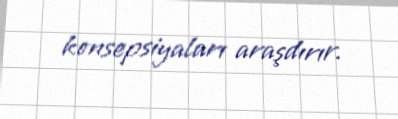
konsepsiyaları araşdırır.